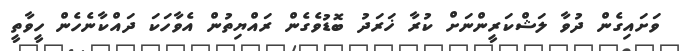
ވަށައިގެން ދުވާ ލަޝްކަރީންނަށް ކުރާ ޚަރަދު ބޮޑުވެގެން ރައްޔިތުން އެވާހަކަ ދައްކާނެހެން ހީވާތީ